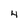
Character: 4